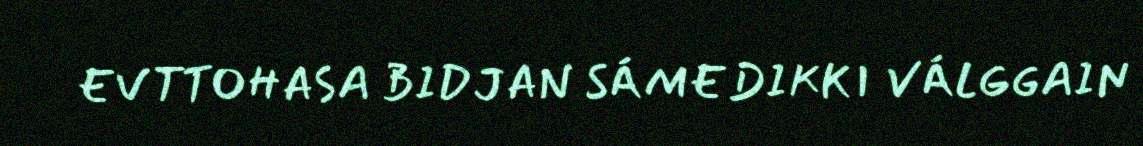
EVTTOHASA BIDJAN SÁMEDIKKI VÁLGGAIN